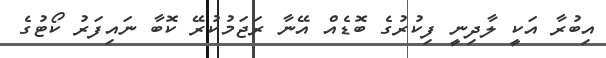
އިބުރާ އަކީ ލާދިނީ ފިކުރުގެ ބޮޑެއް އޭނާ ރަޖަމުކުރޭ ކޮބާ ނައިފަރު ކޯޓުގެ